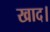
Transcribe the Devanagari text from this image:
खाद।